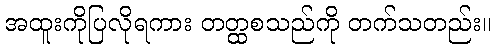
အထူးကိုပြလိုရကား တတ္ထစသည်ကို တက်သတည်း။